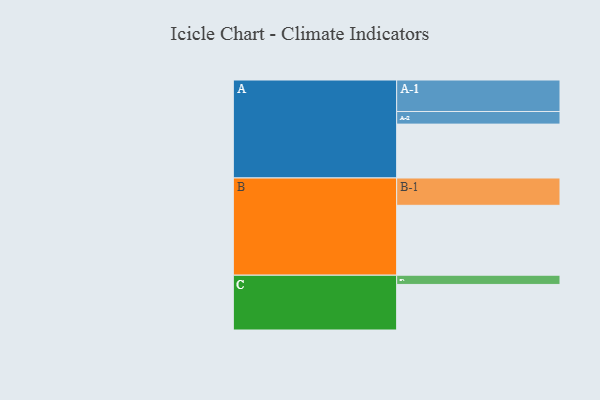
{"axis": {"x": "Segment", "y": "Value"}, "legend": ["", "A", "B", "C"], "data": [{"x": "A", "y": 414, "type": ""}, {"x": "B", "y": 537, "type": ""}, {"x": "C", "y": 350, "type": ""}, {"x": "A-1", "y": 242, "type": "A"}, {"x": "A-2", "y": 97, "type": "A"}, {"x": "B-1", "y": 210, "type": "B"}, {"x": "C-1", "y": 71, "type": "C"}]}